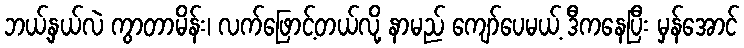
ဘယ့်နှယ်လဲ ကွာတာမိန်း၊ လက်ဖြောင့်တယ်လို့ နာမည် ကျော်ပေမယ့် ဒီကနေပြီး မှန်အောင်